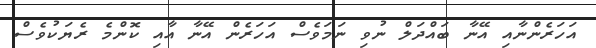
އަހަރެންނާއި އޭނާ ބައްދަލް ނުވި ނަމަވެސް އަހަރެން އޭނާ އާއި ކޮންމެ ރެޔަކުވެސް